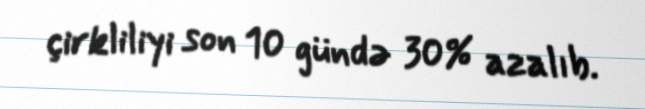
çirkliliyi son 10 gündə 30% azalıb.